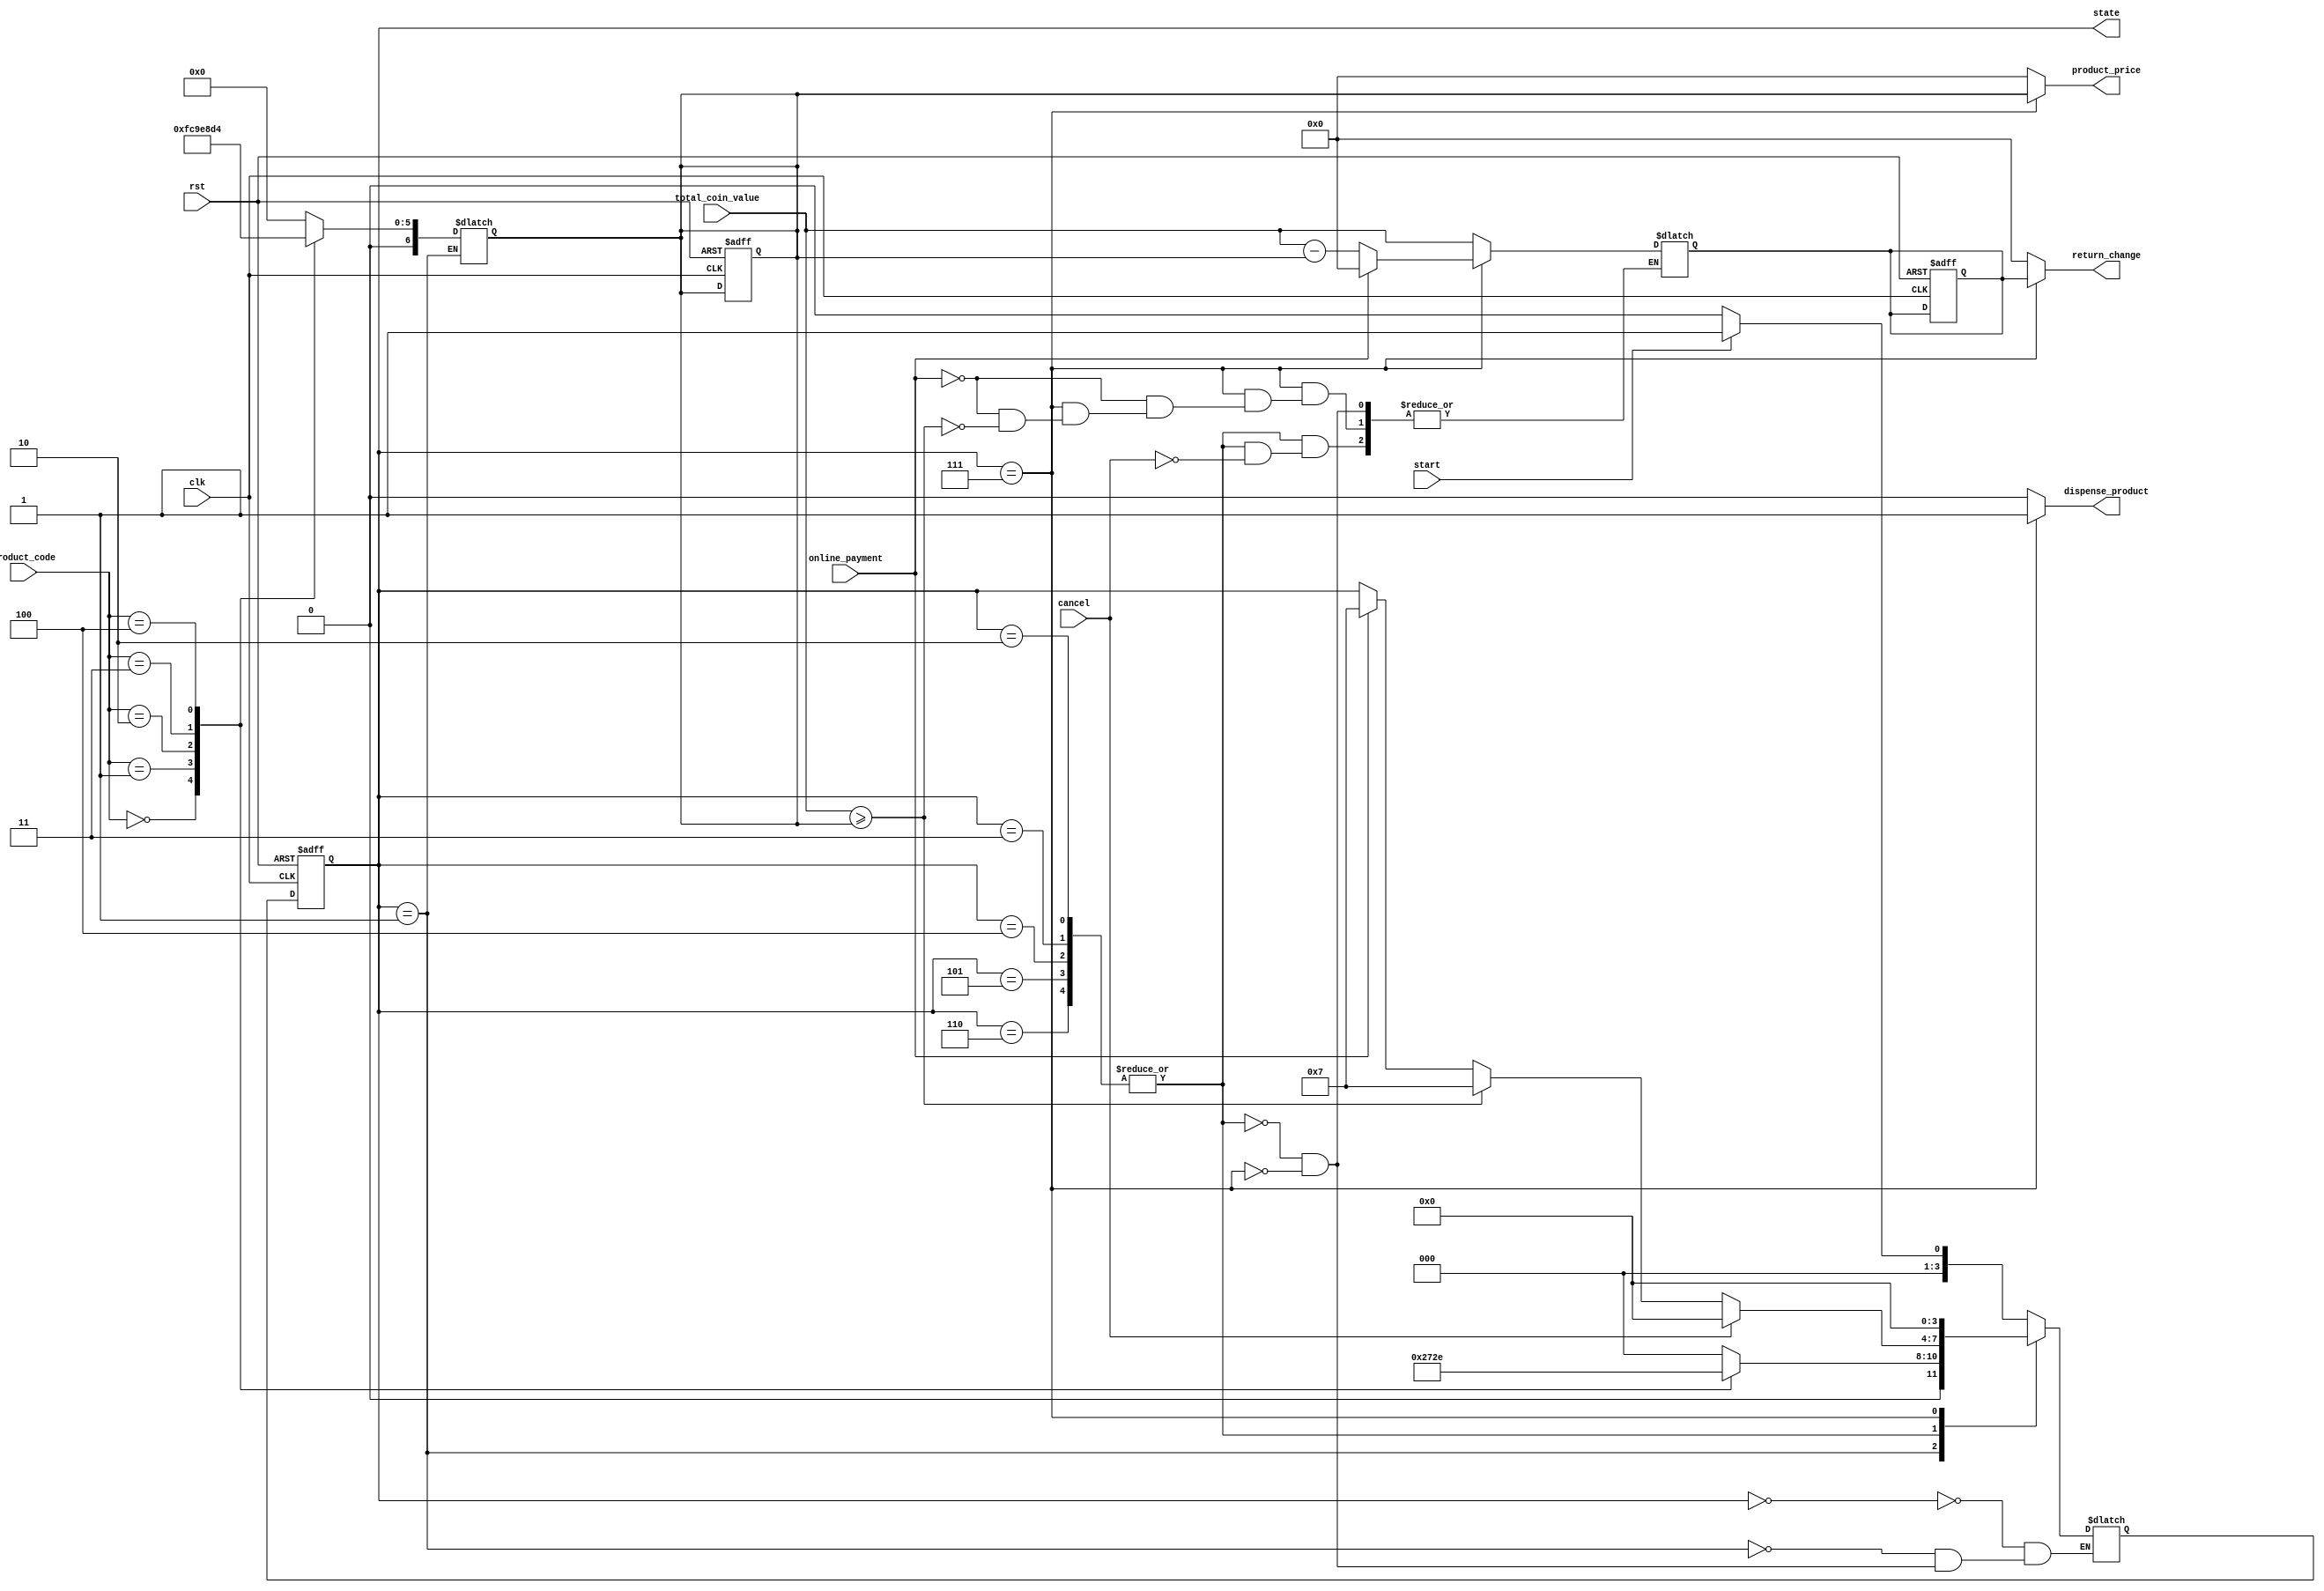
`timescale 1ns / 1ps
module VendingMachine(
    input clk,                    // Clock signal
    input rst,                    // Reset signal
    input [2:0] product_code,     // Product selection input signal
    input online_payment,         // Online payment signal
    input start,                  // Start signal
    input cancel,                 // Cancel signal
    input [6:0] total_coin_value, // Single coin input representing the total value of coins inserted

    output reg [3:0] state,               // Output signal to indicate the current state
    output reg dispense_product,         // Output signal to dispense the product
    output reg [6:0] return_change,      // Output signal to return the change
    output reg [6:0] product_price       // Output signal to indicate the price of the selected product
);

// Internal states of the vending machine
localparam IDLE_STATE = 4'b0000;
localparam SELECT_PRODUCT_STATE = 4'b0001;
localparam PEN_SELECTION_STATE = 4'b0010;
localparam NOTEBOOK_SELECTION_STATE = 4'b0011;
localparam COKE_SELECTION_STATE = 4'b0100;
localparam LAYS_SELECTION_STATE = 4'b0101;
localparam WATER_BOTTLE_SELECTION_STATE = 4'b0110;
localparam DISPENSE_AND_RETURN_STATE = 4'b0111;

// Parameters for product prices
parameter WATER_BOTTLE_PRICE = 7'd20;
parameter LAYS_PRICE = 7'd35;
parameter COKE_PRICE = 7'd30;
parameter PEN_PRICE = 7'd15;
parameter NOTEBOOK_PRICE = 7'd50;

// Internal signals
reg [3:0] current_state;
reg [3:0] next_state;
reg [6:0] product_price_reg;
reg [6:0] return_change_reg;

// Sequential State Registers
always @(posedge clk or posedge rst) begin
    if (rst) begin
        current_state <= IDLE_STATE;
        product_price_reg <= 0;
        return_change_reg <= 0;
    end else begin
        current_state <= next_state;
        product_price_reg <= product_price_reg; // No change during the same state
        return_change_reg <= return_change_reg; // No change during the same state
    end
end

// State transition logic
always @(*) begin
    case (current_state)
        IDLE_STATE: begin
            if (start)
                next_state = SELECT_PRODUCT_STATE;
            else if (cancel)
                next_state = IDLE_STATE;
            else 
                next_state = IDLE_STATE;
        end    
        SELECT_PRODUCT_STATE: begin
            case (product_code)
                3'b000: begin
                    next_state = PEN_SELECTION_STATE; // Pen is selected
                    product_price_reg = PEN_PRICE;
                end
                3'b001: begin
                    next_state = NOTEBOOK_SELECTION_STATE; // Notebook is selected
                    product_price_reg = NOTEBOOK_PRICE;
                end
                3'b010: begin
                    next_state = COKE_SELECTION_STATE; // Coke is Selected
                    product_price_reg = COKE_PRICE;
                end
                3'b011: begin
                    next_state = LAYS_SELECTION_STATE; // Lays is selected
                    product_price_reg = LAYS_PRICE;
                end
                3'b100: begin
                    next_state = WATER_BOTTLE_SELECTION_STATE; // Water bottle is selected
                    product_price_reg = WATER_BOTTLE_PRICE;
                end
                default: begin
                    next_state = IDLE_STATE; // Invalid product selection, go back to IDLE
                    product_price_reg = 0;
                end
            endcase
        end
        PEN_SELECTION_STATE, NOTEBOOK_SELECTION_STATE, COKE_SELECTION_STATE, LAYS_SELECTION_STATE, WATER_BOTTLE_SELECTION_STATE: begin
            if (cancel) begin 
                next_state = IDLE_STATE;
                return_change_reg = total_coin_value;
            end
            else if (total_coin_value >= product_price_reg)
                next_state = DISPENSE_AND_RETURN_STATE;
            else if (online_payment)
                next_state = DISPENSE_AND_RETURN_STATE;
            else
                next_state = current_state; // Stay in the current state until enough money or online payment
        end
        DISPENSE_AND_RETURN_STATE: begin
            next_state = IDLE_STATE;
            if (online_payment)
                return_change_reg = 0; // No return change in case of online payment
            else if (total_coin_value >= product_price_reg)
                return_change_reg = total_coin_value - product_price_reg;
        end
    endcase
end

// Output logic
always @(*) begin
    state = current_state;
    case (current_state)
        DISPENSE_AND_RETURN_STATE: begin
            dispense_product = 1;
            return_change = return_change_reg;
            product_price = product_price_reg;
        end
        default: begin
            dispense_product = 0;
            return_change = 0;
            product_price = 0; // Set to 0 when not in DISPENSE_AND_RETURN_STATE
        end
    endcase
end

endmodule